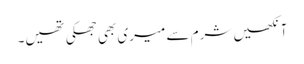
آنکھیں شرم سے میری بھی جھکی تھیں۔